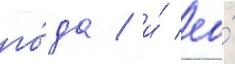
го́да / и́ ео́